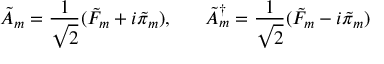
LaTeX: \tilde { A } _ { m } = \frac { 1 } { \sqrt 2 } ( \tilde { F } _ { m } + i \tilde { \pi } _ { m } ) , \; \; \; \; \; \; \tilde { A } _ { m } ^ { \dagger } = \frac { 1 } { \sqrt 2 } ( \tilde { F } _ { m } - i \tilde { \pi } _ { m } )